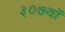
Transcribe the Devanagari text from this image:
३०७वॉ